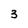
Character: 3